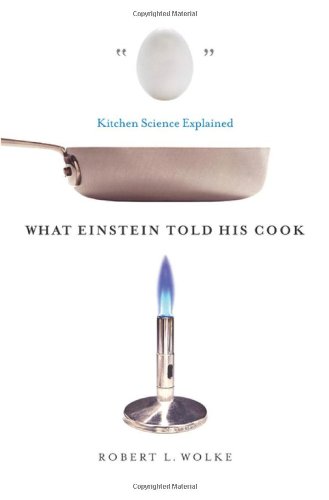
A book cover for What Einstein Told His Cook: Kitchen Science Explained; Robert L. Wolke; Cookbooks, Food & Wine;